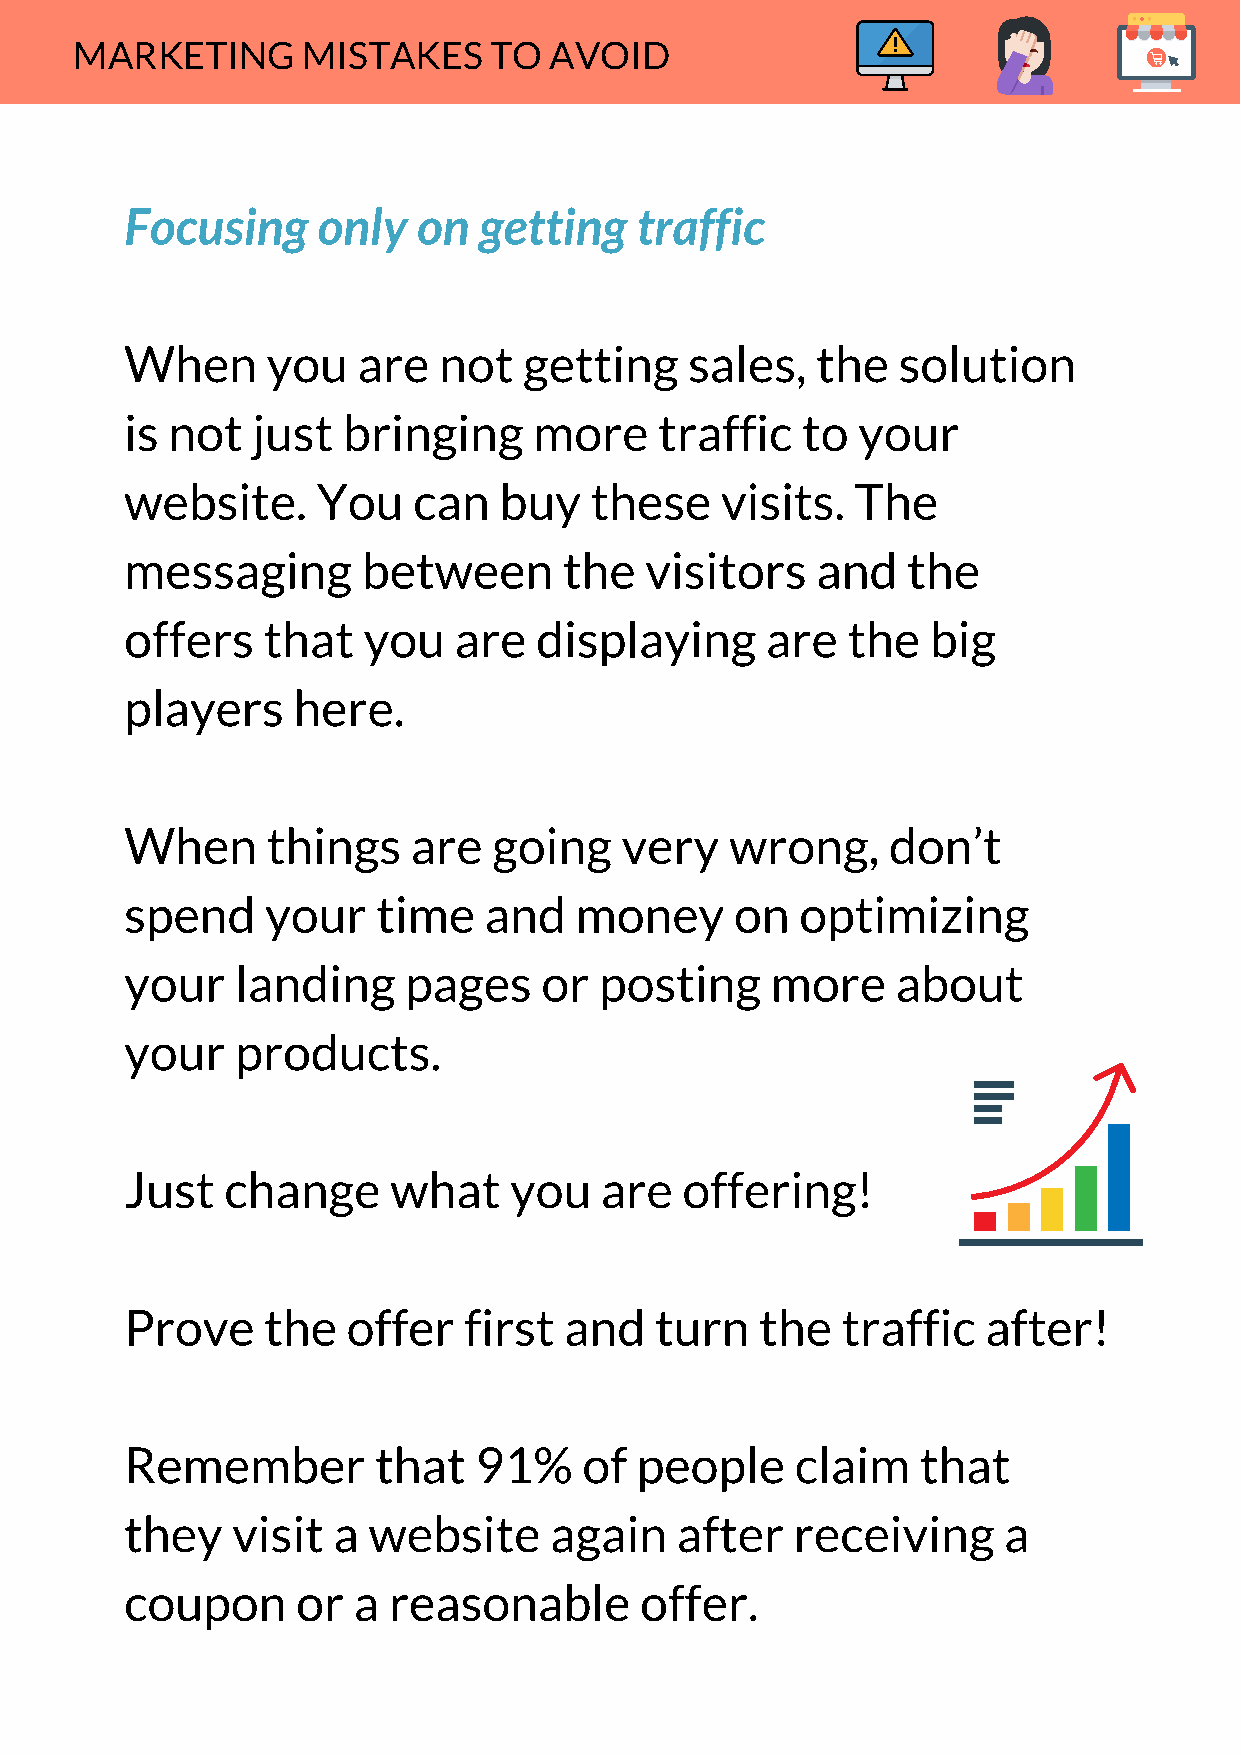
MARKETING      MISTAKES    TO  AVOID
 Focusing     only   on  getting   traffic
 When      you   are  not   getting    sales,  the  solution
 is not   just  bringing    more     traffic  to  your
 website.     You   can   buy   these    visits.  The
 messaging       between      the   visitors   and   the
 offers   that   you   are  displaying      are  the   big
 players    here.
 When      things   are   going   very   wrong,     don’t
 spend     your   time   and   money      on  optimizing
 your    landing    pages    or  posting    more    about
 your    products.
 Just   change     what    you   are  offering!
 Prove    the   offer   first and   turn   the   traffic  after!
 Remember         that  91%     of people     claim   that
 they   visit  a website     again    after   receiving    a
 coupon      or a  reasonable      offer.